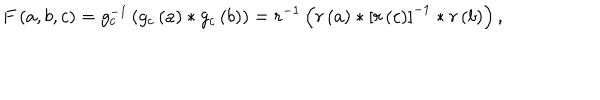
F \left( a , b , c \right) = g _ { c } ^ { - 1 } \left( g _ { c } \left( a \right) * g _ { c } \left( b \right) \right) = r ^ { - 1 } \left( r \left( a \right) * \left[ r \left( c \right) \right] ^ { - 1 } * r \left( b \right) \right) ,